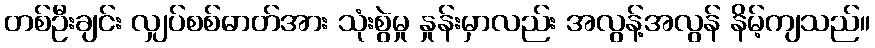
တစ်ဦးချင်း လျှပ်စစ်ဓာတ်အား သုံးစွဲမှု နှုန်းမှာလည်း အလွန့်အလွန် နိမ့်ကျသည်။